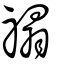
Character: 禢